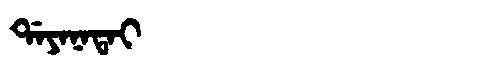
Manchu: ᡩᠠᠶᠠᠨᠠᡨᠠᡳ
Romanization: DAYANATAI